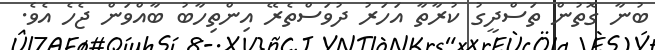
ބުނާ ގޮތުން ތަސްދީގު ކުރާތާ އަހަރު ދުވަސްތެރޭ އިންތިހާބު ބާއްވަން ޖެހެ އެވެ.